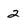
Character: 2